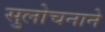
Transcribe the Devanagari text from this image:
सुलोचनाने